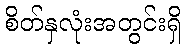
စိတ်နှလုံးအတွင်းရှိ